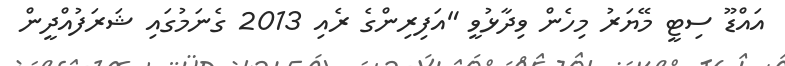
އައްޑޫ ސިޓީ މޭޔަރު މިހެން ވިދާޅުވީ "އަފިރިންގެ ރެއި 2013 ގެނަމުގައި ޝަރަފުއްދީން